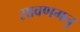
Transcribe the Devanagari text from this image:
सावणमनु